Civil Veterinary Dept. North-West Frontier Province 1923-32 - 1923-1932
Year: 1923
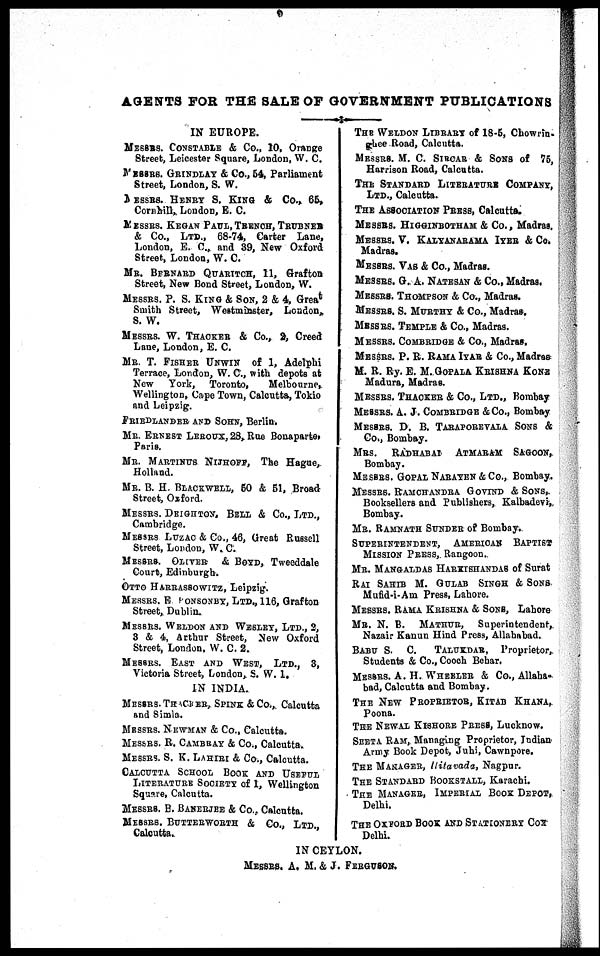
AGENTS FOR THE SALE OF GOVERNMENT PUBLICATIONS
IN EUROPE.
MESSRS. CONSTABLE & CO., 10, Orange
Street, Leicester Square, London, W. C.
MESSRS. GRINDLAY & CO., 54, Parliament
Street, London, S. W.
MESSRS. HENRY S. KING & CO., 65,
Cornhill, London, E. C.
MESSRS. KEGAN PAUL, TRENCH, TRUBNER
& CO., LTD., 68-74, Carter Lane,
London, E. C., and 39, New Oxford
Street, London, W. C.
MR. BERNARD QUARITCH, 11, Grafton
Street, New Bond Street, London, W.
MESSRS. P. S. KING & SON, 2 & 4, Great
Smith Street, Westminster, London,
S. W.
MESSRS. W. THACKER & CO., 2, Creed
Lane, London, E. C.
MR. T. FISHER UNWIN of 1, Adelphi
Terrace, London, W. C., with depots at
New York, Toronto,
Melbourne,
Wellington, Cape Town, Calcutta, Tokio
and Leipzig.
FRIEDLANDER AND SOHN, Berlin.
MR. ERNEST LEROUX, 28, Rue Bonaparte,
Paris.
MR. MARTINUS NIJHOFF, The Hague,
Holland.
MR. B. H. BLACKWELL, 60 & 51, Broad
Street, Oxford.
MESSRS. DEIGHTON, BELL & CO., LTD.,
Cambridge.
MESSRS LUZAC & CO., 46, Great Russell
Street, London, W. C.
MESSRS. OLIVER & BOYD, Tweeddale
Court, Edinburgh.
OTTO HARRASSOWITZ, Leipzig.
MESSRS. E PONSONBY, LTD., 116, Grafton
Street, Dublin.
MESSRS. WELDON AND WESLEY, LTD., 2,
3 & 4, Arthur Street, New Oxford
Street, London, W. C. 2.
MESSRS. EAST AND WEST, LTD., 3,
Victoria Street, London, S. W. 1.
IN INDIA.
MESSRS. THACKER, SPINK & CO., Calcutta
and Simla.
MESSRS. NEWMAN & CO., Calcutta.
MESSRS. R. CAMBRAY & CO., Calcutta.
MESSRS. S. K. LAHIRI & CO., Calcutta.
CALCUTTA SCHOOL BOOK AND USEFUL
LITERATURE SOCIETY of 1, Wellington
Square, Calcutta.
MESSRS. B. BANERJEE & CO., Calcutta.
MESSRS. BUTTERWORTH & CO., LTD.,
Calcutta.
THE WELDON LIBRARY of 18-5, Chowrin-
ghee.Road, Calcutta.
MESSRS. M. C. SIRCAR & SONS of 75,
Harrison Road, Calcutta.
THE STANDARD LITERATURE COMPANY,
LTD., Calcutta.
THE ASSOCIATION PRESS, Calcutta.
MESSRS. HIGGINBOTHAM & CO., Madras.
MESSRS. V. KALYANARAMA IYER & CO.
Madras.
MESSRS. VAS & CO., Madras.
MESSRS. G. A. NATESAN & CO., Madras.
MESSRS. THOMPSON & CO., Madras.
MESSRS. S. MURTHY & CO., Madras.
MESSRS. TEMPLE & CO., Madras.
MESSRS. COMBRIDGE & CO., Madras.
MESSRS. P. R. RAMA IYAR & CO., Madras
M. R. By. E. M. GOPALA KRISHNA KONE
Madura, Madras.
MESSRS. THACKER & CO., LTD., Bombay
MESSRS. A. J. COMBRIDGE & CO., Bombay
MESSRS. D. B. TARAPOREVALA SONS &
CO., Bombay.
MRS. RADHABAI ATMARAM SAGOON,
Bombay.
MESSRS. GOPAL NARAYEN & CO., Bombay.
MESSRS. RAMCHANDRA GOVIND & SONS,
Booksellers and Publishers, Kalbadevi,
Bombay.
MR. RAMNATH SUNDER of Bombay.
SUPERINTENDENT, AMERICAN BAPTIST
MISSION PRESS, Rangoon.
MR. MANGALDAS HARKISHANDAS of Surat
RAI SAHIB M. GULAB SINGH & SONS.
Mufid-i-Am Press, Lahore.
MESSRS. RAMA KRISHNA & SONS, Lahore
MR. N. B. MATHUR, Superintendent,
Nazair Kanun Hind Press, Allahabad.
BABU S. C. TALUKDAR, Proprietor,
Students & Co., Cooch Behar.
MESSRS. A. H. WHEELER & CO., Allaha-
bad, Calcutta and Bombay.
THE NEW PROPRIETOR, KITAB KHANA,
Poona.
THE NEWAL KISHORE PRESS, Lucknow.
SEETA RAM, Managing Proprietor, Indian
Army Book Depot, Juhi, Cawnpore.
THE MANAGER, Hitavada, Nagpur.
THE STANDARD BOOKSTALL, Karachi.
THE MANAGER, IMPERIAL BOOK DEPOT,
Delhi.
THE OXFORD BOOK AND STATIONERY COX
Delhi.
IN CEYLON.
MESSRS. A. M. & J. FERGUSON.